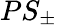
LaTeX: PS_{\pm}